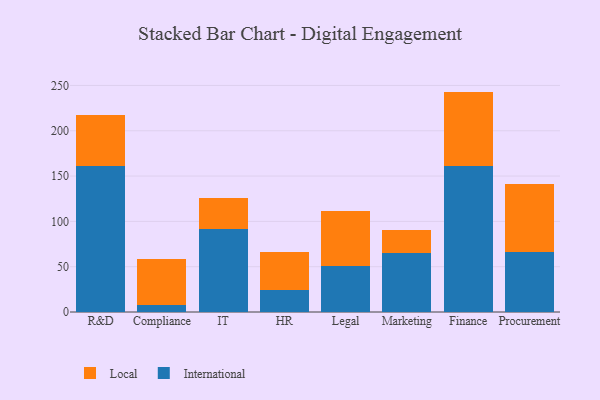
{"axis": {"x": "Department", "y": "Satisfaction Score"}, "legend": ["International", "Local"], "data": [{"x": "R&D", "y": 161.1, "type": "International"}, {"x": "R&D", "y": 56.3, "type": "Local"}, {"x": "Compliance", "y": 7.3, "type": "International"}, {"x": "Compliance", "y": 51.2, "type": "Local"}, {"x": "IT", "y": 91.2, "type": "International"}, {"x": "IT", "y": 35.0, "type": "Local"}, {"x": "HR", "y": 23.8, "type": "International"}, {"x": "HR", "y": 42.4, "type": "Local"}, {"x": "Legal", "y": 51.1, "type": "International"}, {"x": "Legal", "y": 60.9, "type": "Local"}, {"x": "Marketing", "y": 65.2, "type": "International"}, {"x": "Marketing", "y": 25.1, "type": "Local"}, {"x": "Finance", "y": 161.1, "type": "International"}, {"x": "Finance", "y": 82.1, "type": "Local"}, {"x": "Procurement", "y": 65.8, "type": "International"}, {"x": "Procurement", "y": 75.1, "type": "Local"}]}